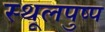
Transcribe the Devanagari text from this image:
स्थूलपुष्प